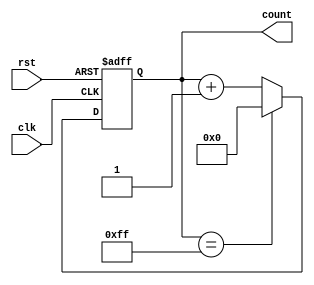
module IncrementalCounter #(
    parameter COUNTER_WIDTH = 8  // Width of the counter (8-bit by default)
) (
    input wire clk,               // Increment Trigger (clock signal)
    input wire rst,               // Asynchronous Reset Signal
    output reg [COUNTER_WIDTH-1:0] count  // Current count value
);

// Always block for counter operation
always @(posedge clk or posedge rst) begin
    if (rst) begin
        count <= 0;               // Reset the counter to zero
    end else begin
        if (count == {COUNTER_WIDTH{1'b1}}) begin
            count <= 0;           // Optional: Wrap around to zero on overflow
        end else begin
            count <= count + 1;   // Increment the counter
        end
    end
end

endmodule